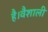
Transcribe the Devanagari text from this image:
है।वैशाली